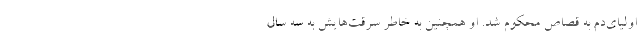
اولیای‌دم به قصاص محکوم شد. او همچنین به خاطر سرقت‌هایش به سه سال